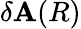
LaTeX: \delta\mathbf{A}(R)